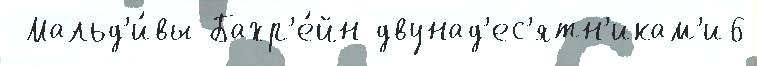
 Мальд'и́вы Бахр'е́йн двунад'ес'ятн'икам'и6